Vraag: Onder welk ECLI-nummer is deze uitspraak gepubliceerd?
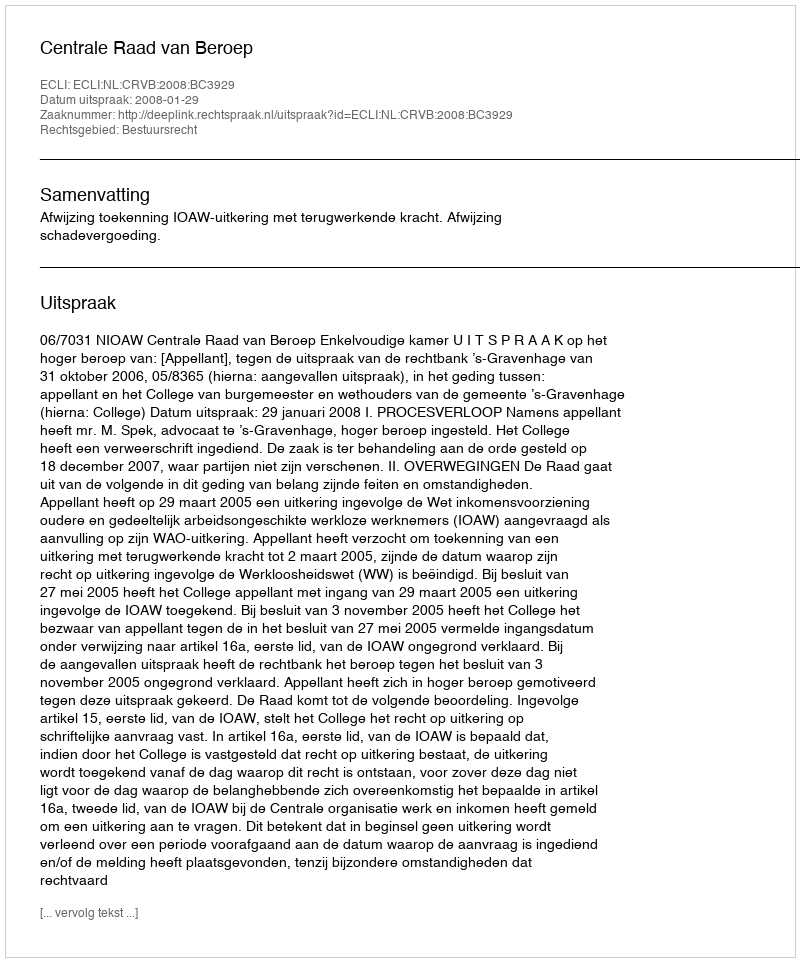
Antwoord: ECLI:NL:CRVB:2008:BC3929